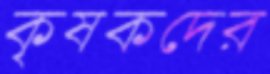
কৃষকদের